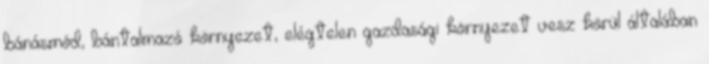
bánásmód, bántalmazó környezet, elégtelen gazdasági környezet vesz körül általában